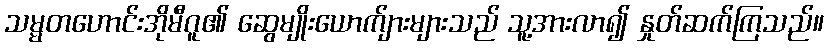
သမ္မတဟောင်းအိုမီဂူ၏ ဆွေမျိုးယောက်ျားများသည် သူ့အားလာ၍ နှုတ်ဆက်ကြသည်။